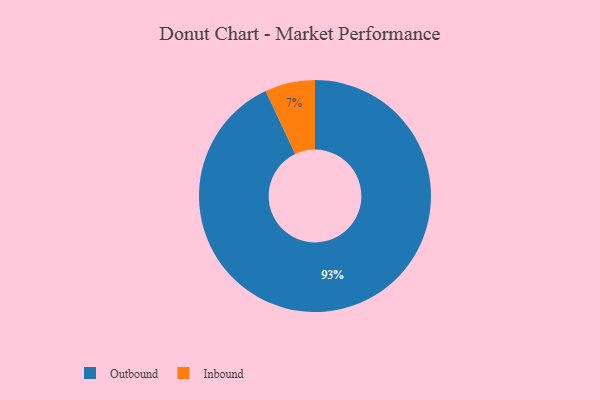
{"axis": {"x": "Category", "y": "Percentage"}, "legend": ["Inbound", "Outbound"], "data": [{"x": "Inbound", "y": 7, "type": "Inbound"}, {"x": "Outbound", "y": 93, "type": "Outbound"}]}